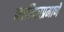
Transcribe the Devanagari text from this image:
नाविकाप्रमाणे